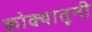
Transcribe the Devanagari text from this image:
कोक्यातूनी